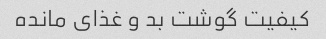
کیفیت گوشت بد و غذاى مانده